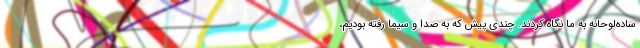
ساده‌لوحانه به ما نگاه کردند. چندی پیش که به صدا و سیما رفته بودیم،